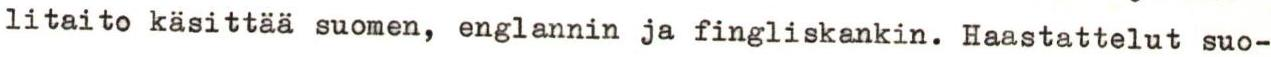
litaito käsittää suomen, englannin ja fingliskankin. Haastattelut suo-